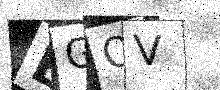
Text: EGQV